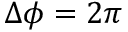
\Delta \phi = 2 \pi